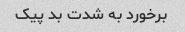
برخورد به شدت بد پیک